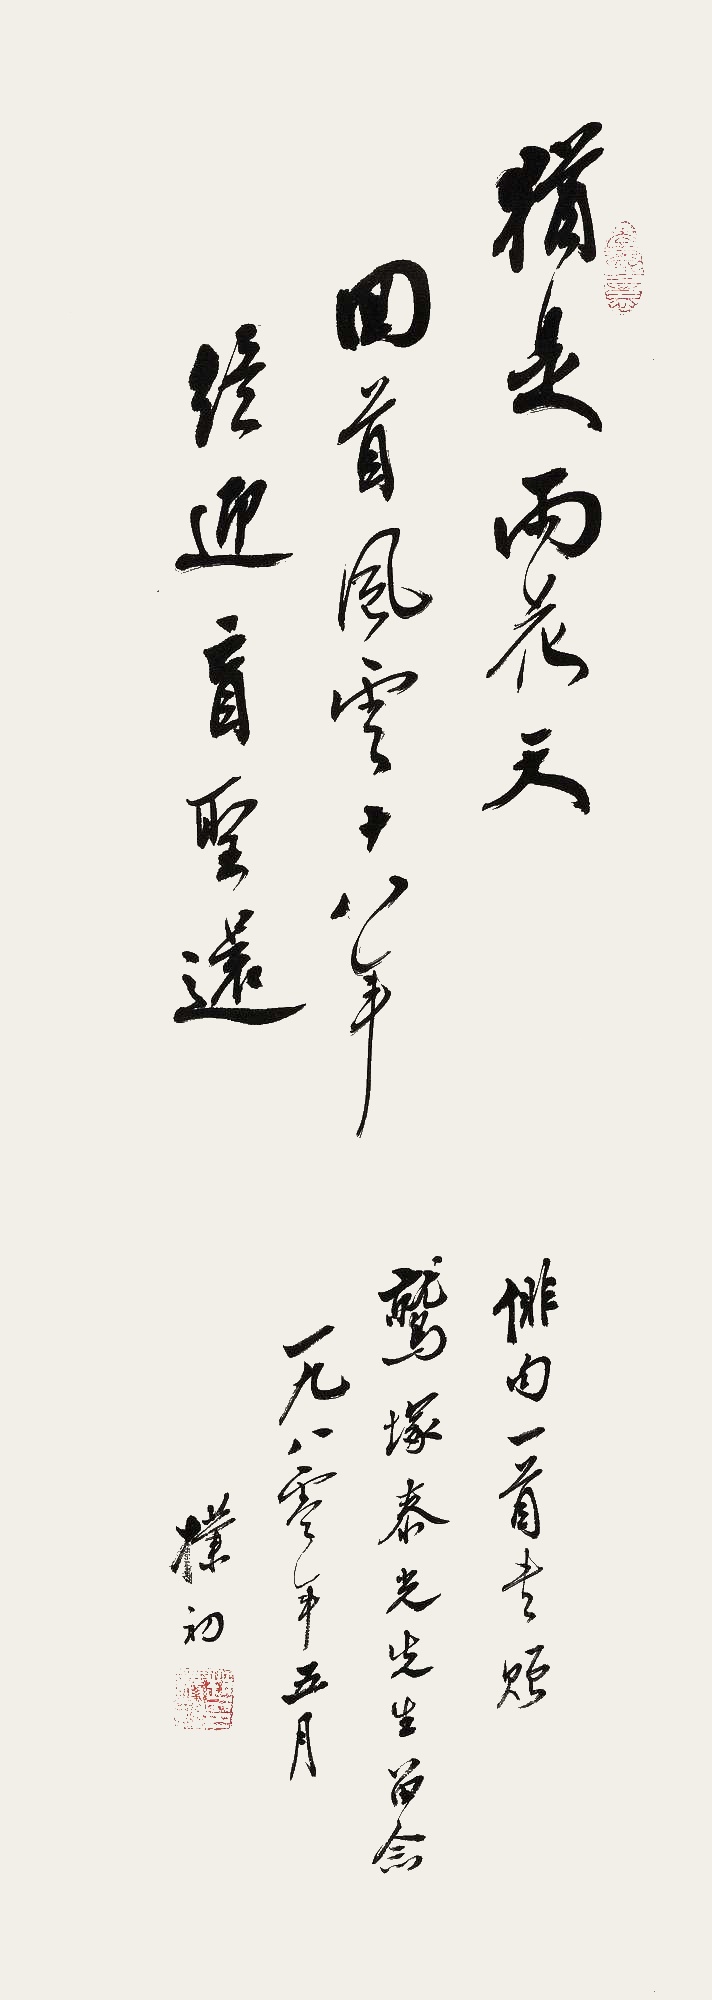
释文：犹是雨花天，回首风云十八年，终迎盲圣还。俳句一首，书赠鹫冢泰光先生留念。一九八零年五月，朴初。